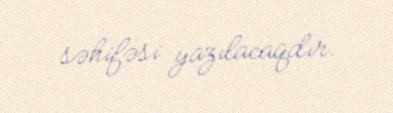
səhifəsi yazılacaqdır.